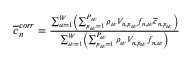
\begin{array} { r } { \overline { { c } } _ { n } ^ { c o r r } = \frac { \sum _ { w = 1 } ^ { W } \left( \sum _ { p _ { w } = 1 } ^ { P _ { w } } \rho _ { w } V _ { n , p _ { w } } f _ { n , w } \overline { { c } } _ { n , p _ { w } } \right) } { \sum _ { w = 1 } ^ { W } \left( \sum _ { p _ { w } = 1 } ^ { P _ { w } } \rho _ { w } V _ { n , p _ { w } } f _ { n , w } \right) } } \end{array}